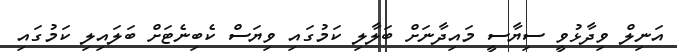
އަނިލް ވިދާޅުވީ ސިޔާސީ މައިދާނަށް ބަލާލި ކަމުގައި ވިޔަސް ކެބިނެޓަށް ބަލައިލި ކަމުގައި